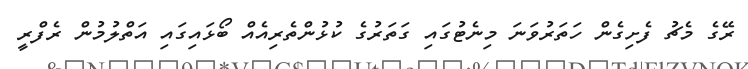
ރޭގެ މެޗު ފެށިގެން ހަތަރުވަނަ މިނެޓުގައި ގަތަރުގެ ކުޅުންތެރިއެއް ބޯޅައިގައި އަތްލުމުން ރެފްރީ